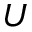
U